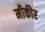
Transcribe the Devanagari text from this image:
मीकीर